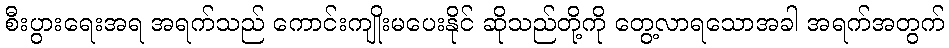
စီးပွားရေးအရ အရက်သည် ကောင်းကျိုးမပေးနိုင် ဆိုသည်တို့ကို တွေ့လာရသောအခါ အရက်အတွက်